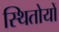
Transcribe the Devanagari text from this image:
स्थितोयों